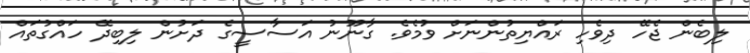
ލިބެން ޖެހޭ ދިވެހި ރައްޔިތުންނަށް ވުމެވެ. ގާނޫނު އަސާސީގެ ދަށުން ލިބިދޭ ހައްގުތައް